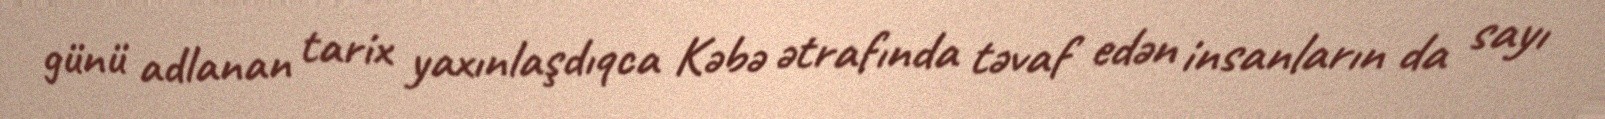
günü adlanan tarix yaxınlaşdıqca Kəbə ətrafında təvaf edən insanların da sayı